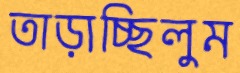
তাড়াচ্ছিলুম